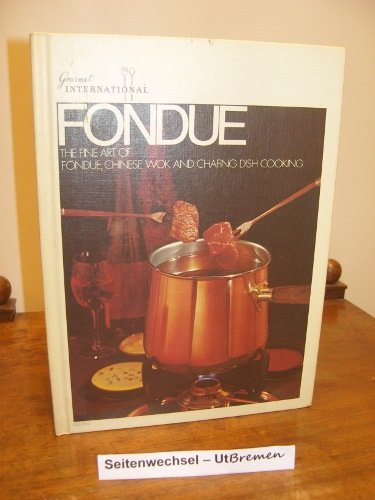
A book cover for Fondue the Fine Art of Fondue Chinese Wok and Chafing Dish Cooking; Carol D. Brent; Cookbooks, Food & Wine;